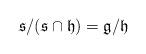
LaTeX: \begin{align*} {\mathfrak s}/({\mathfrak s}\cap {\mathfrak h}) = {\mathfrak g}/{\mathfrak h}\end{align*}